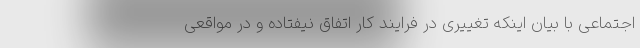
اجتماعی با بیان اینکه تغییری در فرایند کار اتفاق نیفتاده و در مواقعی